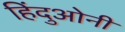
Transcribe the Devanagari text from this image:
हिंदुओनी